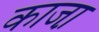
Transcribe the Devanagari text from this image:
काजा़